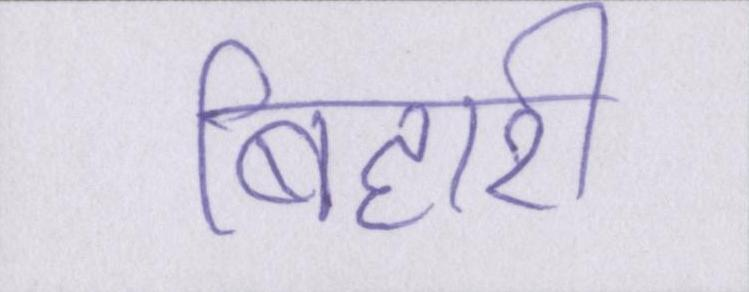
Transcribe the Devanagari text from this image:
बिहारी